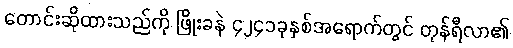
တောင်းဆိုထားသည်ကို ဖြိုးခနဲ ၄၂၄၁ခုနှစ်အရောက်တွင် တုန်ရီလာ၏